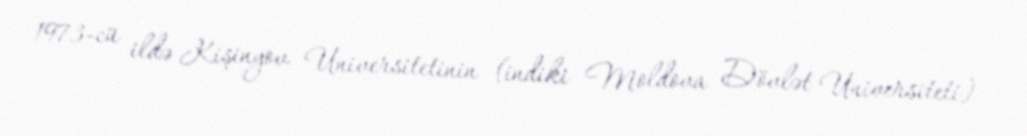
1973-cü ildə Kişinyov Universitetinin (indiki Moldova Dövlət Universiteti)